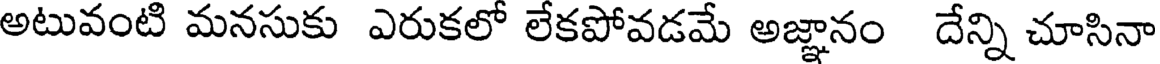
అటువంటి మనసుకు ఎరుకలో లేకపోవడమే అజ్ఞానం దేన్ని చూసినా